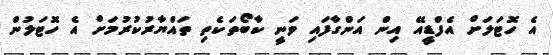
އެ ހޮޓަލަށް އެފްޑީއޭ އިން އަންގާފައި ވަނީ ކާބޯތަކެތިި ތައްޔާރުކުރުމަށް އެ ހޮޓަލުން